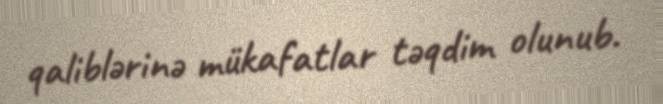
qaliblərinə mükafatlar təqdim olunub.